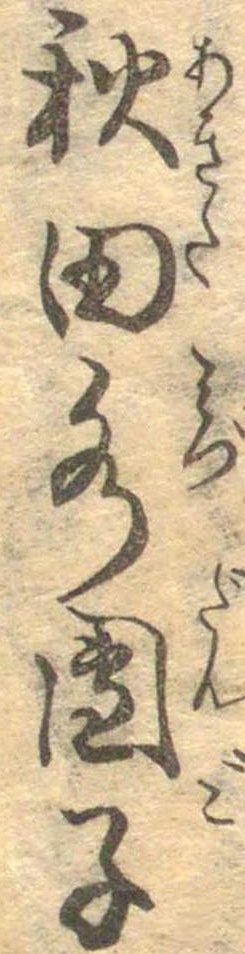
秋田水団子